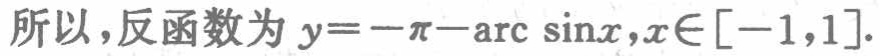
所以，反函数为 \(y = -\pi - \arcsin x,x\in[-1,1]\)。